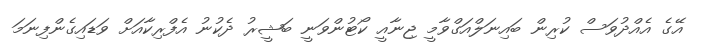
އޭގެ އެއްދުވަސް ކުރިން ބައިނަލްއަގްވާމީ ޖިނާއީ ކޯޓުންވަނީ ބަޝީރު ދެކުނު އެފްރިކާއަށް ވަޑައިގެންފިނަމަ